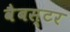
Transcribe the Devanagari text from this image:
वैबस्टर